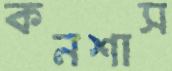
কনশাস